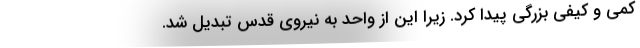
کمی و کیفی بزرگی پیدا کرد. زیرا این از واحد به نیروی قدس تبدیل شد.